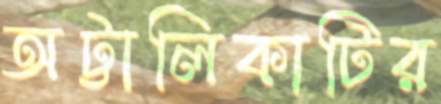
অট্টালিকাটির